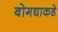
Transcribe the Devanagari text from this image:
बोगद्याकडे